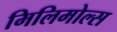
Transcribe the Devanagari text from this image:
मिलिमोल्स